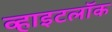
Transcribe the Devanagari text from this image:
व्हाइटलॉक